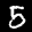
Label: 5